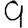
Digit: 9